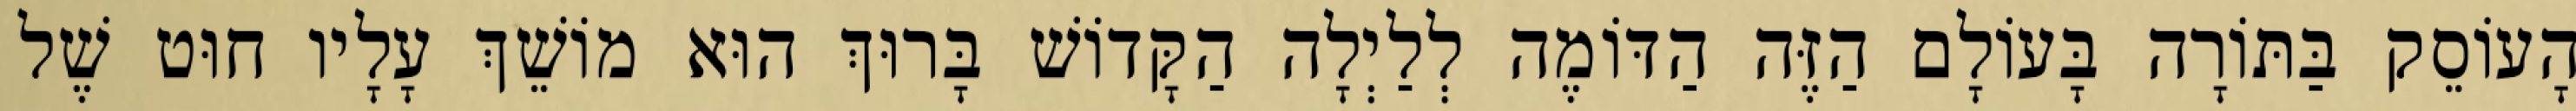
הָעוֹסֵק בַּתּוֹרָה בָּעוֹלָם הַזֶּה הַדּוֹמֶה לְלַיְלָה הַקָּדוֹשׁ בָּרוּךְ הוּא מוֹשֵׁךְ עָלָיו חוּט שֶׁל